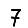
Digit: 7